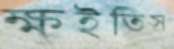
ক্ষইতিস